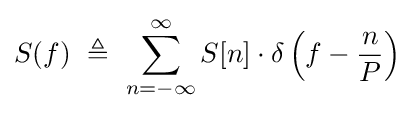
S(f)\ \triangleq \ \sum _{n=-\infty }^{\infty }S[n]\cdot \delta \left(f-{\frac {n}{P}}\right)